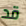
قد